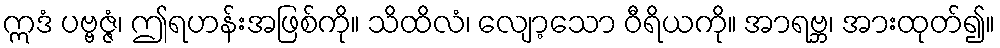
ဣဒံ ပဗ္ဗဇ္ဇံ၊ ဤရဟန်းအဖြစ်ကို။ သိထိလံ၊ လျော့သော ဝီရိယကို။ အာရဗ္ဘ၊ အားထုတ်၍။